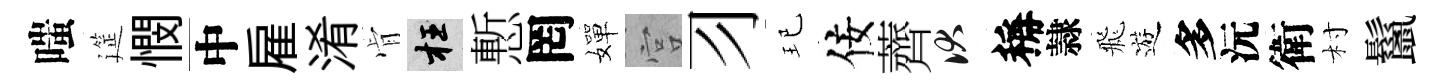
嗤筵憫中雇淆肻枉慙罔嬋宫习玘佞薺伏稱隷飛遊多沅衛村鬣